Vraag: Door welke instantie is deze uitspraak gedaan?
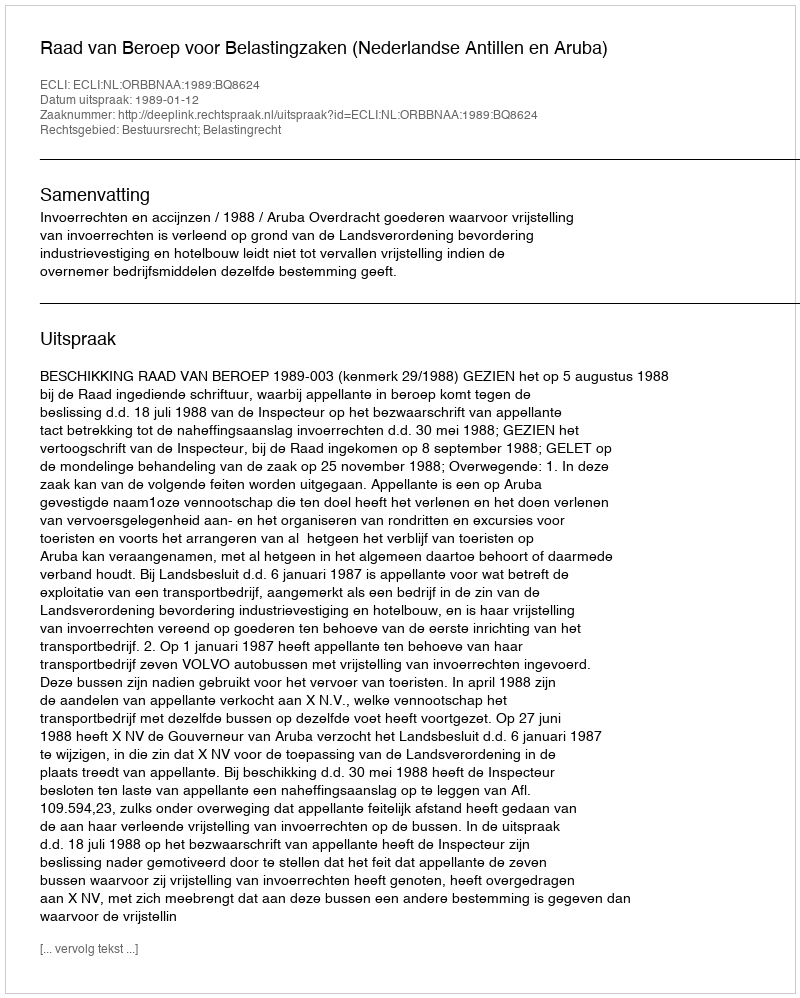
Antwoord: Raad van Beroep voor Belastingzaken (Nederlandse Antillen en Aruba)